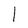
Character: l